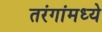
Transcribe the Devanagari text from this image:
तरंगांमध्ये